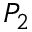
P _ { 2 }